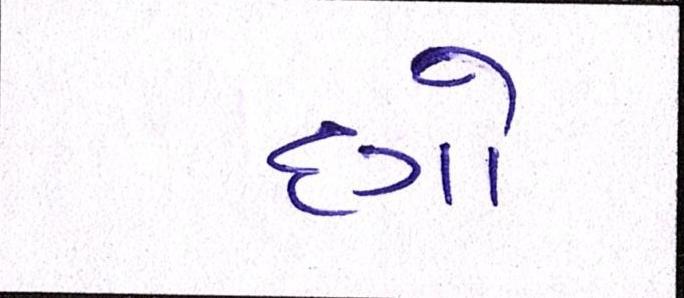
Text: દગો